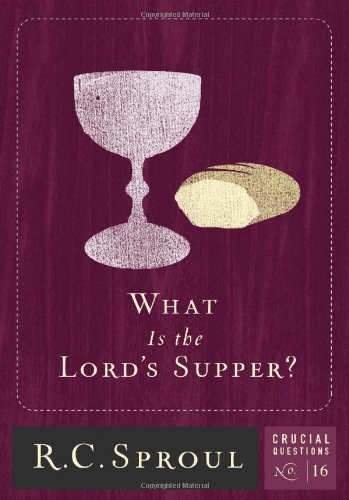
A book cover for What is The Lord's Supper? (Crucial Questions (Reformation Trust)); R.C. Sproul; Christian Books & Bibles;